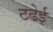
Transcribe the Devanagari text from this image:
टढेई